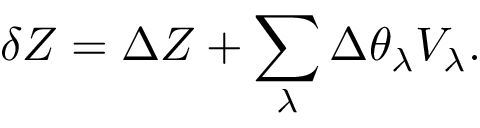
\delta Z = \Delta Z + \sum _ { \lambda } \Delta \theta _ { \lambda } V _ { \lambda } .